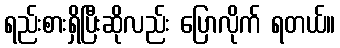
ရည်းစားရှိပြီးဆိုလည်း ပြောလိုက် ရတယ်။